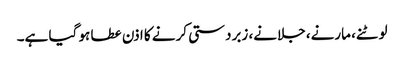
لوٹنے، مارنے، جلانے، زبردستی کرنے کا اذن عطا ہو گیا ہے۔